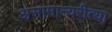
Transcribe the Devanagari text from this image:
असामान्यरीत्या